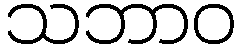
သဘာဝ